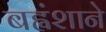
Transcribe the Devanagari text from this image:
बह्वंशाने